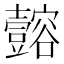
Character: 𫯈